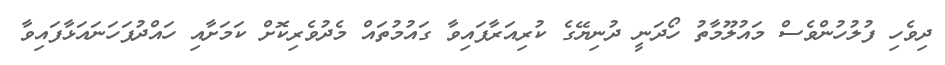
ދިވެހި ފުލުހުންވެސް މައުލޫމާތު ހޯދަނީ ދުނިޔޭގެ ކުރިއަރާފައިވާ ގައުމުތައް މެދުވެރިކޮށް ކަމަށާއި ހައްދުފަހަނައަޅާފައިވާ